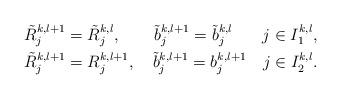
LaTeX: \begin{align*}&\tilde{R}^{k,l+1}_{j} = \tilde{R}^{k,l}_{j}, \ \ \ \ \ \ \tilde{b}^{k,l+1}_{j} = \tilde{b}^{k,l}_{j} \ \ \ \ \ \, j \in I^{k,l}_1,\\&\tilde{R}^{k,l+1}_{j} = R^{k,l+1}_{j}, \ \ \ \tilde{b}^{k,l+1}_{j} = b^{k,l+1}_{j} \ \ \ j \in I^{k,l}_2.\end{align*}